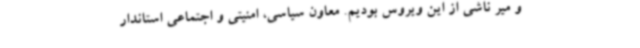
و میر ناشی از این ویروس بودیم. معاون سیاسی، امنیتی و اجتماعی استاندار